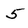
Character: 5